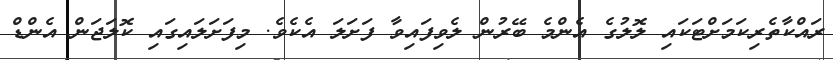
ރައްކާތެރިކަމަށްޓަކައި ލޮލުގެ އެންމެ ބޭރުން ލެވިފައިވާ ފަށަލަ އެކެވެ. މިފަށަލައިގައި ކޮލަޖަން އެންޑް